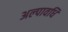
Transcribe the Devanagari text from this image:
अल्‍पावधि